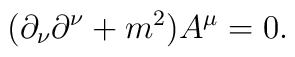
(\partial_\nu\partial^\nu+m^2)A^\mu=0.